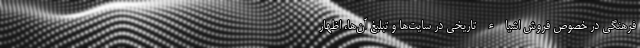
فرهنگی در خصوص فروش اشیاء‌ تاریخی در سایت‌ها و تبلیغ آن‌ها، اظهار